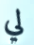
لي